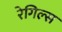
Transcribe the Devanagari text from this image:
रेगिल्स